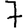
Digit: 7